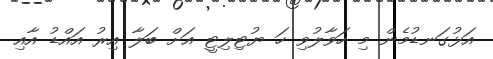
އަޅުގަނޑުމެން މި ހަވާލުވި ހަ ޔުޓިލިޓީ އަށް ބަލާ އިރު އައްޑު އާއި